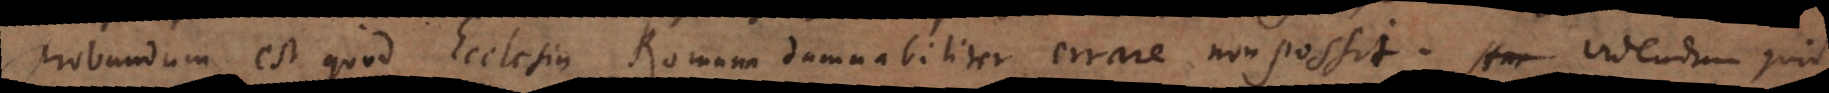
probandum est, quod Ecclesia Romana damnabiliter errare non possit. Videndum quid